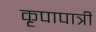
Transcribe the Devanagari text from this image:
कृपापात्री